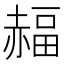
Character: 𧹭